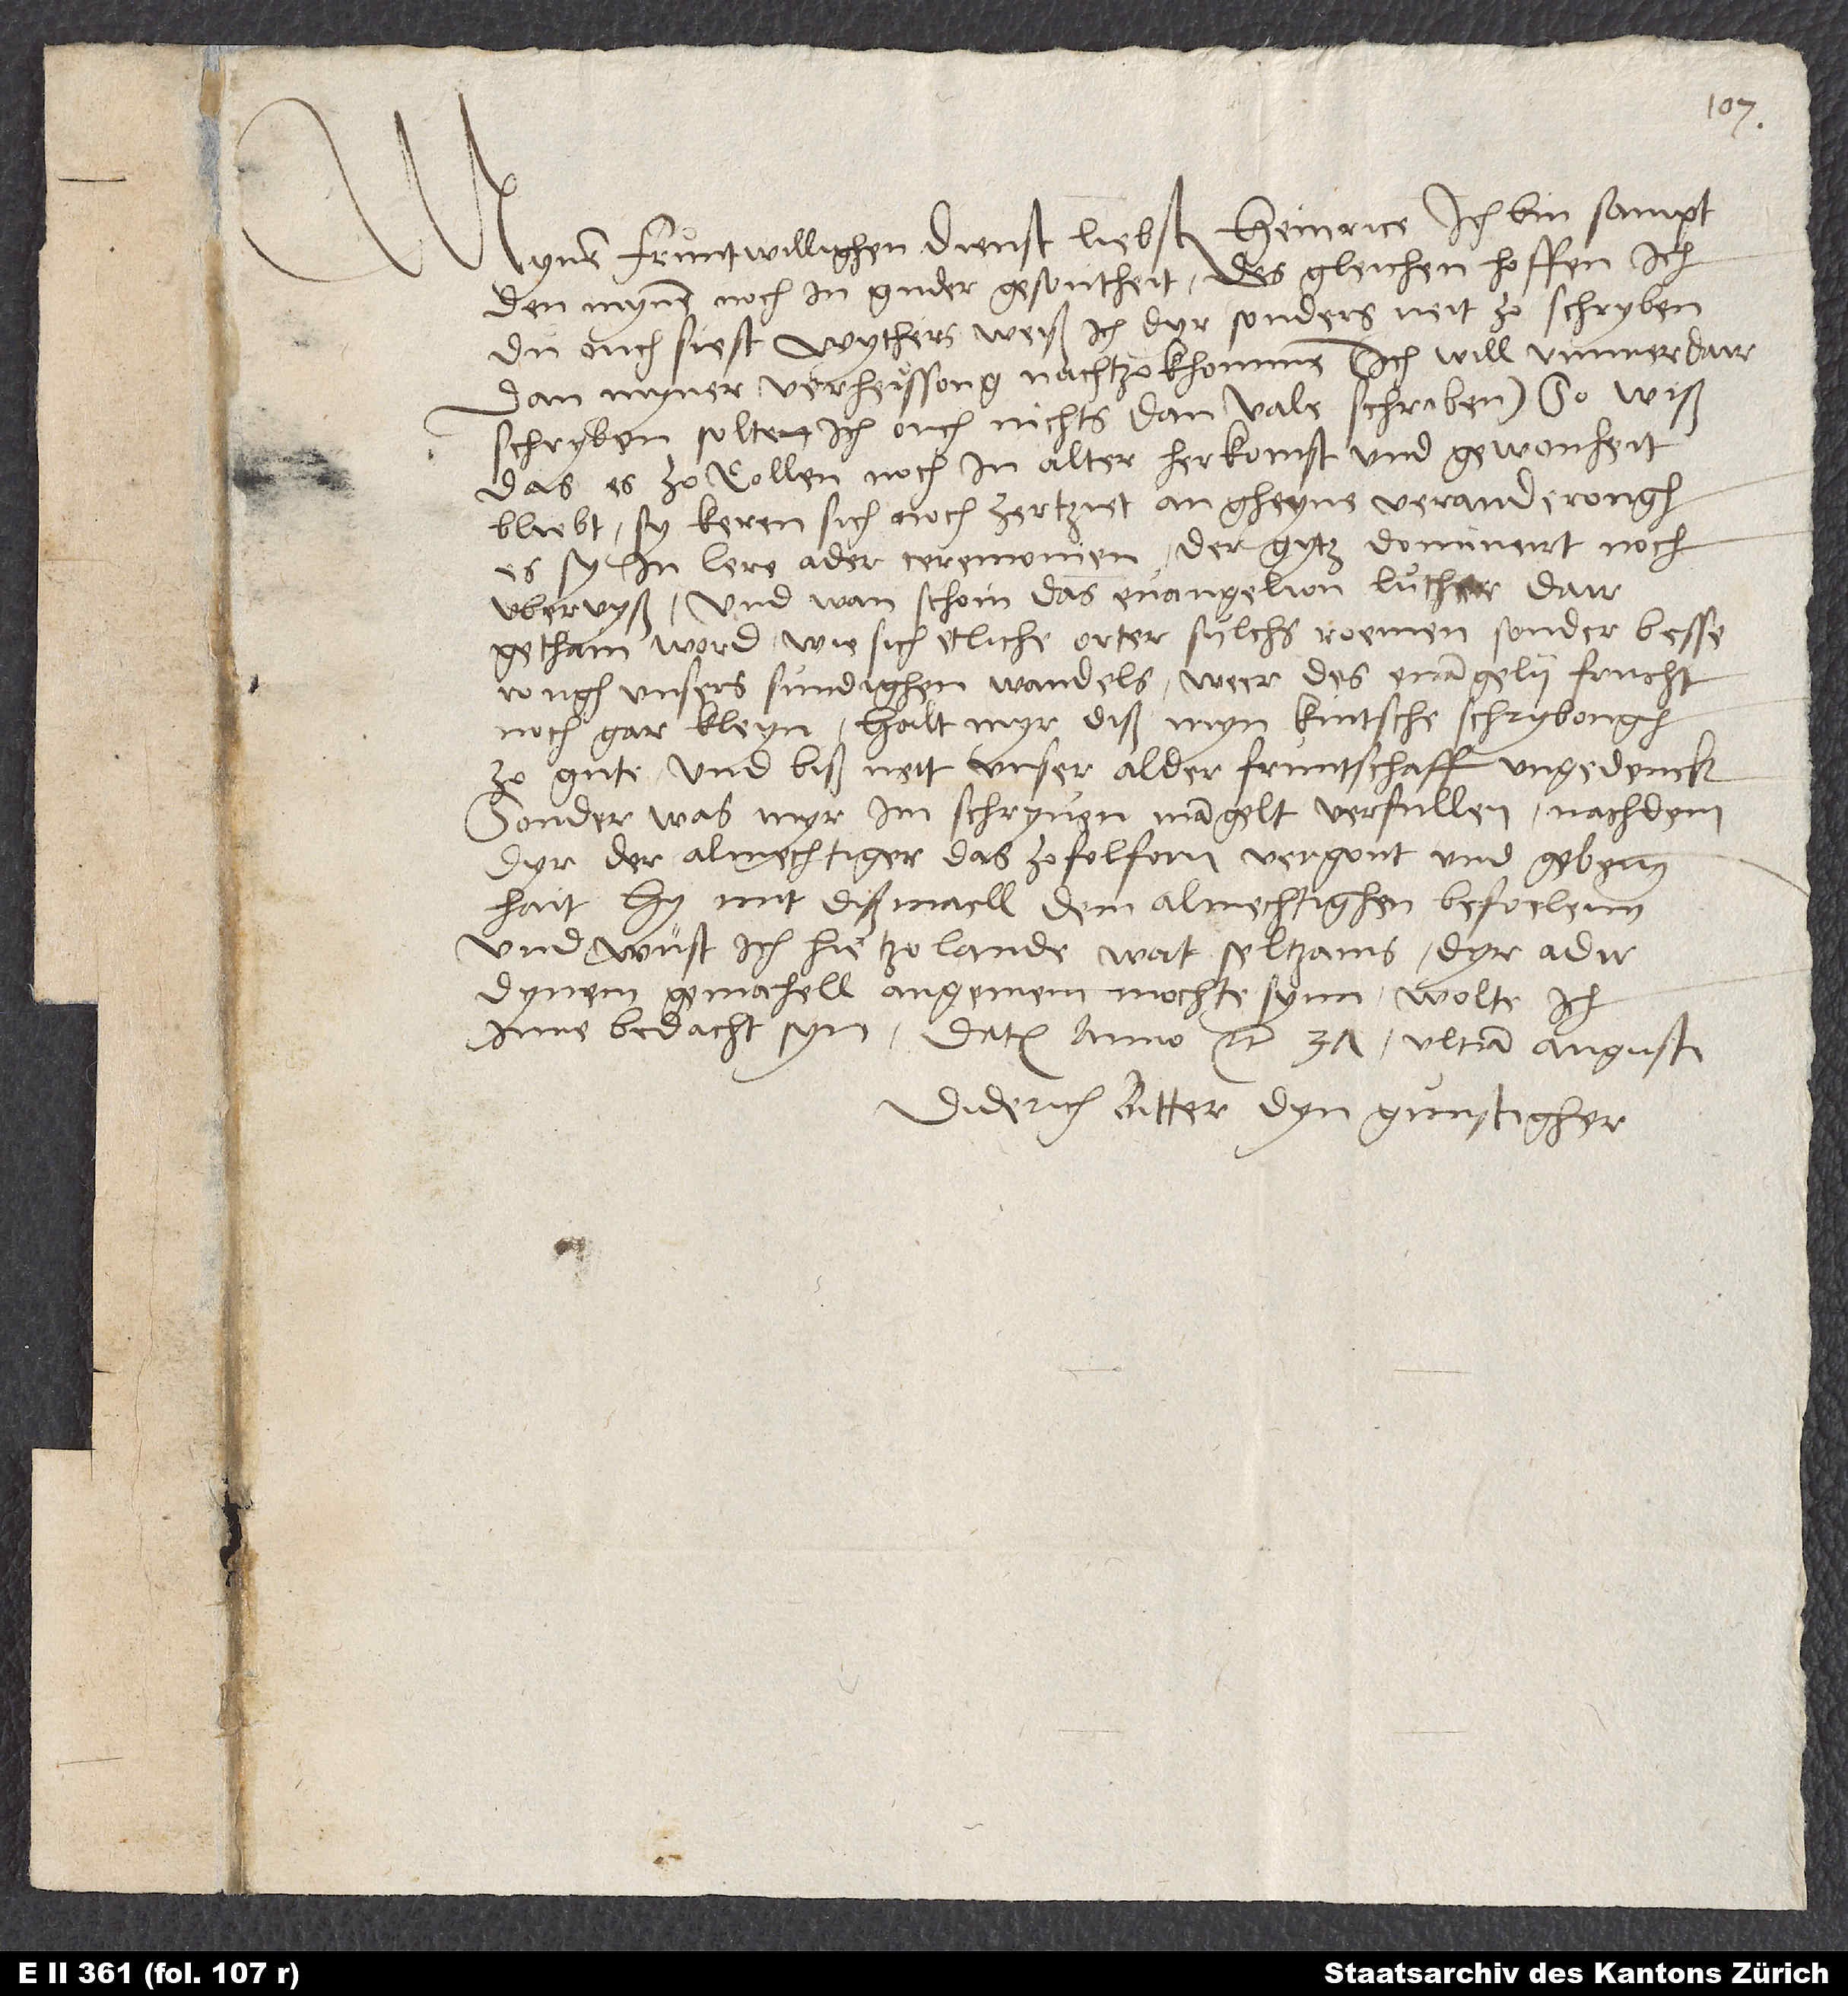
Mynen fruntwillighen dienst, liebster Heinrice. Ich bin sampt
den mynen noch in guder gesontheit. Des gleichen hoffen ich
du ouch siest. Wythers weiß ich dyr sonders neit zo schryben,
dan myner verheissong nachtzokhommen (ich will ummerdair
schryben, solte ich ouch nichts dan "vale" schriben). So wiß,
das es zo Collen noch in alter herkomst und gewonheit
bliebt. Sy keren sich noch zertziet an gheine veranderongh,
es sy in lere ader ceremonien. Der gytz dominert noch
uber uyß. Und wan schoin das evangelion luther dair
gethain word, wie sich etliche oper sulchs roemen, sonder besserongh
unsers sundighen wandels weer des evangelii frucht
noch gar kleyn. Halt myr diß myn kintsche schrybongh
zo gute und biß neit unser alder fruntschaff ungedenck,
sonder, was myr im schryven mangelt, verfullen, nachdem
dyr der almechtiger das zo folforn vergont und gebenn
hait. Hy mit diß maell dem almechtighen befoelenn.
Und wüst ich hie tzo lande wat seltzams dyr ader
dynem gemahell angenem mochte synn, wolte ich
inne bedacht syn. Datum anno etc. 37, ultima augusti.
Diderich Bitter, dyn gunstigher.